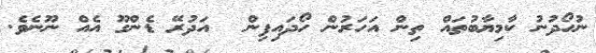
ނުހޯދުނު ކާމިޔާބުތައް ތިން އަހަރުން ހޯދައިފިން  އަދުރޭ ޑެންގޫ އެއް ނޫނެވެ.